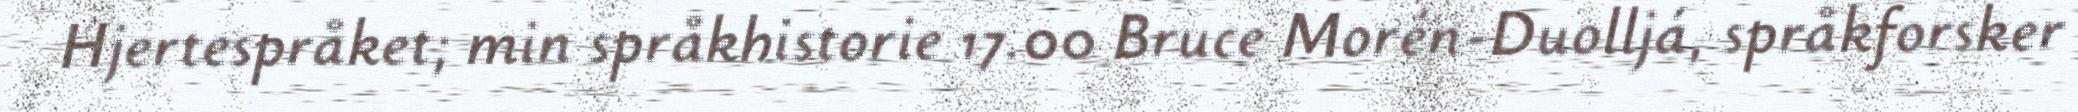
Hjertespråket; min språkhistorie 17.00 Bruce Morén-Duolljá, språkforsker